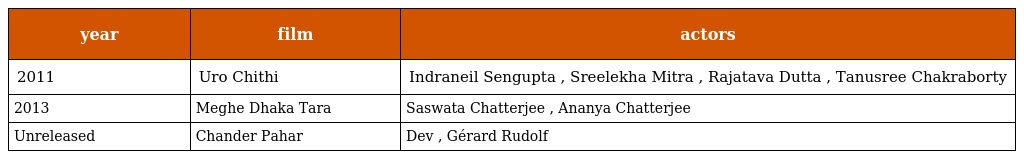
| year | film | actors |
 | --- | --- | --- |
 | 2011 | Uro Chithi | Indraneil Sengupta , Sreelekha Mitra , Rajatava Dutta , Tanusree Chakraborty |
 | 2013 | Meghe Dhaka Tara | Saswata Chatterjee , Ananya Chatterjee |
 | Unreleased | Chander Pahar | Dev , Gérard Rudolf |